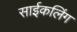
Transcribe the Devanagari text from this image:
साईकलिंग